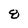
Character: 8